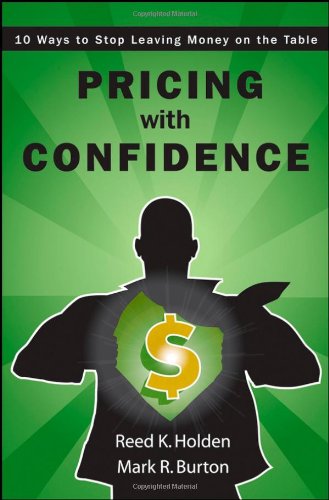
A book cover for Pricing with Confidence: 10 Ways to Stop Leaving Money on the Table; Reed Holden; Business & Money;